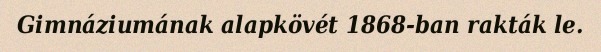
Gimnáziumának alapkövét 1868-ban rakták le.